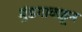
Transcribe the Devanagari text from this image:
मुंडगावाहून